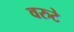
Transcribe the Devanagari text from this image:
वरुटे